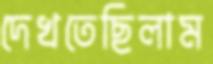
দেখতেছিলাম